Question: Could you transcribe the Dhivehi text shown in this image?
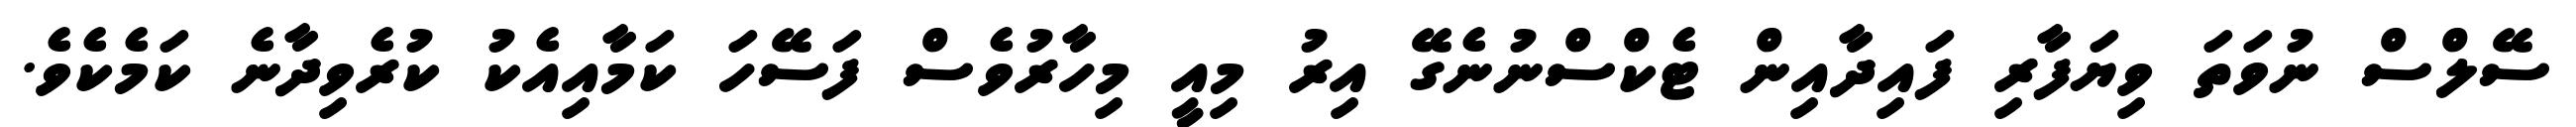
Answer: ސޭލްސް ނުވަތަ ވިޔަފާރި ފައިދާއިން ޓެކްސްނުނެގޭ އިރު މިއީ މިހާރުވެސް ފަސޭހަ ކަމާއިއެކު ކުރެވިދާނެ ކަމެކެވެ.